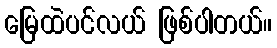
မြေထဲပင်လယ် ဖြစ်ပါတယ်။